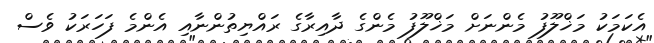
އެކަމަކު މަޚްލޫފު މެންނަށް މަޚްލޫފު މެންގެ ދާއިރާގެ ރައްޔިތުންނާއި އެންމެ ފަހަރަކު ވެސް